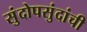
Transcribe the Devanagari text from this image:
सुंदोपसुंदांची